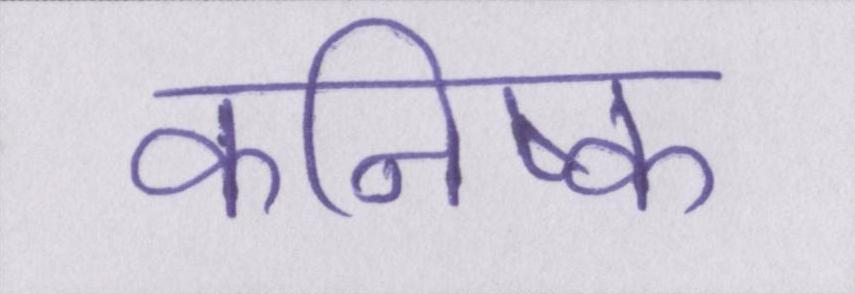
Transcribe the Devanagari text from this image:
कनिष्क